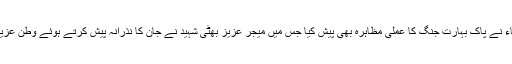
سکول کے طلباء نے پاک بہارت جنگ کا عملی مظاہرہ بھی پیش کیا جس میں میجر عزیز بھٹی شہید نے جان کا نذرانہ پیش کرتے ہوئے وطن عزیز کی دفاع کی۔